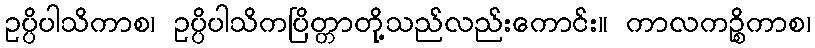
ဥပ္ပိပါသိကာစ၊ ဥပ္ပိပါသိကပြိတ္တာတို့သည်လည်းကောင်း။ ကာလကဉ္စိကာစ၊